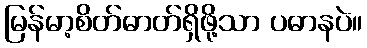
မြန်မာ့စိတ်ဓာတ်ရှိဖို့သာ ပဓာနပဲ။